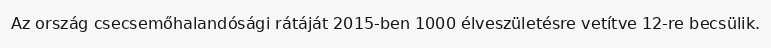
Az ország csecsemőhalandósági rátáját 2015-ben 1000 élveszületésre vetítve 12-re becsülik.